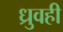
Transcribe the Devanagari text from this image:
ध्रुवही